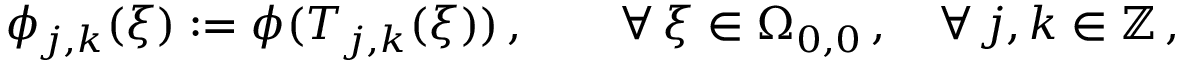
\phi _ { j , k } ( \boldsymbol { \xi } ) : = \phi ( T _ { j , k } ( \boldsymbol { \xi } ) ) \, , \qquad \forall \, \boldsymbol { \xi } \in \Omega _ { 0 , 0 } \, , \quad \forall \, j , k \in \mathbb { Z } \, ,